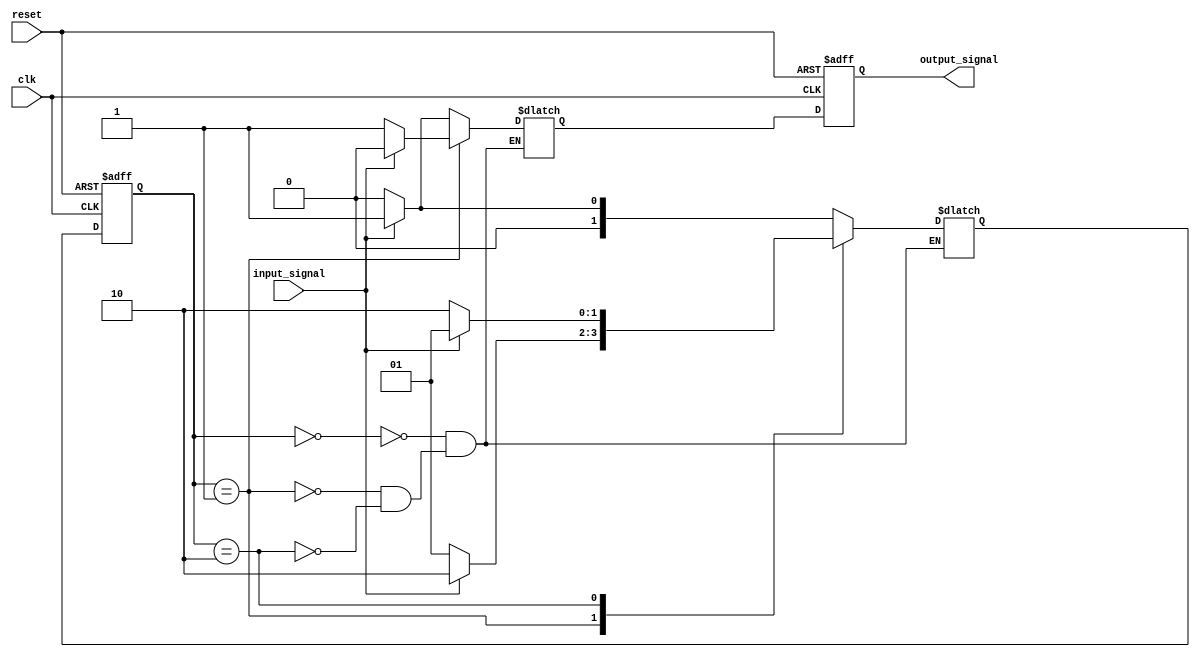
module Mealy_State_Machine (
    input wire clk,
    input wire reset,
    input wire input_signal,
    output reg output_signal
);

// Define states
parameter S_IDLE = 2'b00;
parameter S_STATE_1 = 2'b01;
parameter S_STATE_2 = 2'b10;

// Define state register
reg [1:0] state_reg, next_state;

// Define output register
reg next_output;

always @(posedge clk or posedge reset) begin
    if (reset) begin
        state_reg <= S_IDLE;
        output_signal <= 0;
    end else begin
        state_reg <= next_state;
        output_signal <= next_output;
    end
end

// Determine the next state based on the current state and input signal
always @(*) begin
    case(state_reg)
        S_IDLE: begin
            if (input_signal) begin
                next_state = S_STATE_1;
                next_output = 1;
            end else begin
                next_state = S_IDLE;
                next_output = 0;
            end
        end
        S_STATE_1: begin
            if (input_signal) begin
                next_state = S_STATE_2;
                next_output = 0;
            end else begin
                next_state = S_STATE_1;
                next_output = 1;
            end
        end
        S_STATE_2: begin
            if (input_signal) begin
                next_state = S_STATE_1;
                next_output = 1;
            end else begin
                next_state = S_STATE_2;
                next_output = 0;
            end
        end
    endcase
end

endmodule